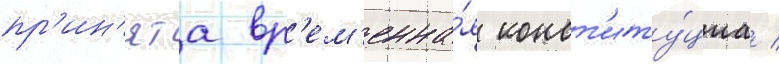
пр'ин'ята вр'ем'енна́я конст'иту́циа /